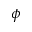
\phi